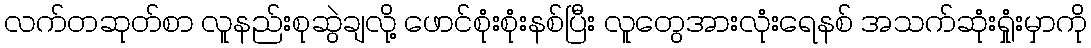
လက်တဆုတ်စာ လူနည်းစုဆွဲချလို့ ဖောင်စုံးစုံးနစ်ပြီး လူတွေအားလုံးရေနစ် အသက်ဆုံးရှုံးမှာကို